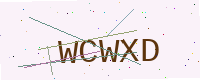
Text: WCWXD